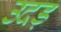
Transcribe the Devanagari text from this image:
उदड़